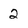
Character: 2